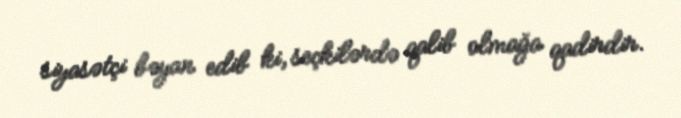
siyasətçi bəyan edib ki, seçkilərdə qalib olmağa qadirdir.